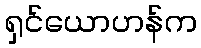
ရှင်ယောဟန်က